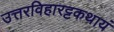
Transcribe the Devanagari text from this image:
उत्तरविहारट्टकथायं